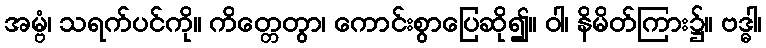
အမ္ဗံ၊ သရက်ပင်ကို။ ကိတ္တေတွာ၊ ကောင်းစွာပြေဆို၍။ ဝါ၊ နိမိတ်ကြား၌။ ဗဒ္ဓါ၊